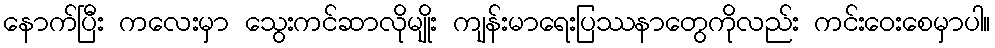
နောက်ပြီး ကလေးမှာ သွေးကင်ဆာလိုမျိုး ကျန်းမာရေးပြဿနာတွေကိုလည်း ကင်းဝေးစေမှာပါ။